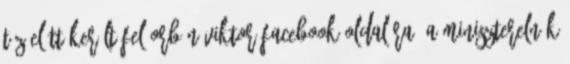
tíz előtt került fel Orbán Viktor Facebook-oldalára. A miniszterelnök